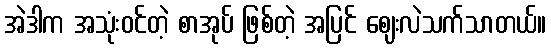
အဲဒါက အသုံးဝင်တဲ့ စာအုပ် ဖြစ်တဲ့ အပြင် ဈေးလဲသက်သာတယ်။